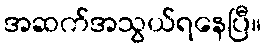
အဆက်အသွယ်ရနေပြီ။